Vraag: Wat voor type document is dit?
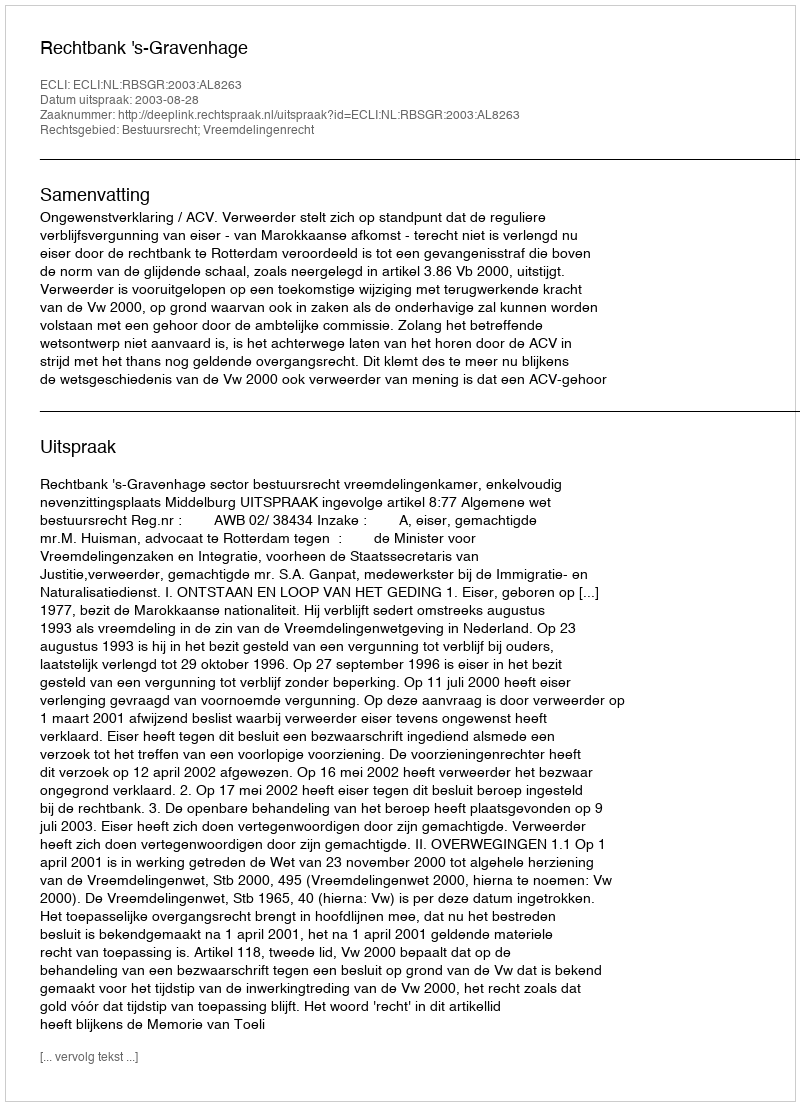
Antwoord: Uitspraak